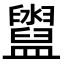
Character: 𥃔